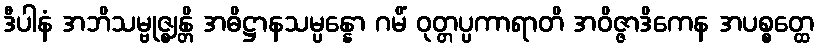
ဒီပါနံ အဘိသမ္ဗုဇ္ဈန္တိ အဓိဋ္ဌာနသမ္ပန္နော ဂမိံ ဝုတ္တပ္ပကာရာတိ အဝိဇ္ဇာဒိကေန အပစ္စတ္ထေ